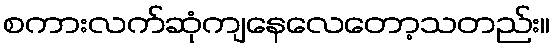
စကားလက်ဆုံကျနေလေတော့သတည်း။